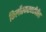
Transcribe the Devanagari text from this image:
किर्लोस्करवाडीतील